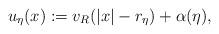
LaTeX: \begin{align*}u_\eta(x):=v_R(|x|-r_\eta)+\alpha(\eta),\end{align*}